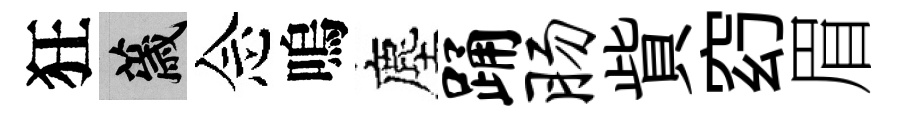
狂薉念嗚塵踊肠貲𥥆眉